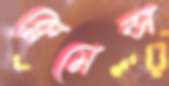
ক্লেমেন্স